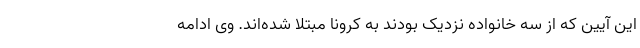
این آیین که از سه خانواده نزدیک بودند به کرونا مبتلا شده‌اند. وی ادامه